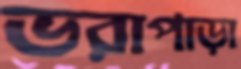
ভরাপাড়া